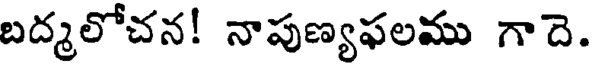
బద్మలోచన! నాపుణ్యఫలము గాదె.